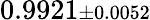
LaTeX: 0.9921{\scriptstyle\pm 0.0052}